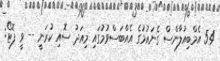
54 އެމްބިއުލާންސް ގެނައުމުގެ އެއްބަސްވުމުގައި މިއަދު ސޮއި ކުރަނީ -- ވީ ފޮޓޯ: